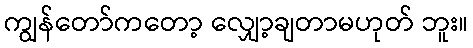
ကျွန်တော်ကတော့ လျှော့ချတာမဟုတ် ဘူး။